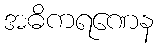
အဓိကရဏေန